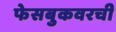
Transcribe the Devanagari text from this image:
फेसबुकवरची